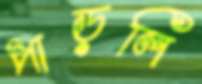
পাড়লি